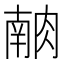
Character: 𰮶